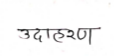
मजकूर: उदाहरण